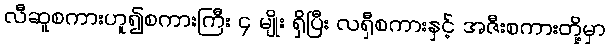
လီဆူစကားဟူ၍စကားကြီး ၄ မျိုး ရှိပြီး လရှီစကားနှင့် အဇီးစကားတို့မှာ